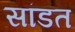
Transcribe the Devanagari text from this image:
सांडत